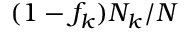
( 1 - f _ { k } ) N _ { k } / N